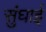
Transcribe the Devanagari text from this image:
सुंघाई